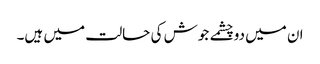
ان میں دوچشمے جوش کی حالت میں ہیں۔